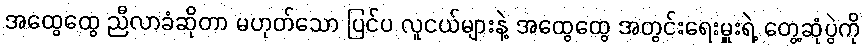
အထွေထွေ ညီလာခံဆိုတာ မဟုတ်သော ပြင်ပ လူငယ်များနဲ့ အထွေထွေ အတွင်းရေးမှူးရဲ့ တွေ့ဆုံပွဲကို